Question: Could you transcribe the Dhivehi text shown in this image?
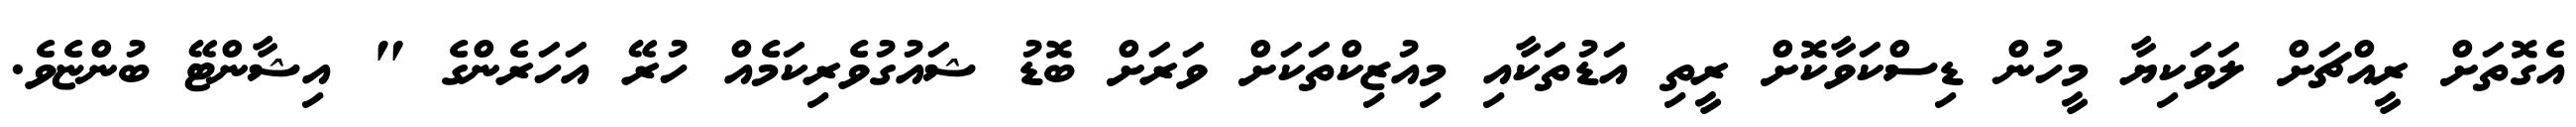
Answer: އެގޮތަށް ރީއްޗަށް ލަވަކިޔާ މީހުން ޑިސްކަވާކޮށް ރީތި އަޑުތަކާއި މިއުޒިކްތަކަށް ވަރަށް ބޮޑު ޝައުގުވެރިކަމެއް ހުރޭ އަހަރެންގެ " އިޝާންޓޭ ބުންޏެވެ.